Report of the Indian Hemp Drugs Commission, 1894-1895 - Volume VII
Year: 1894
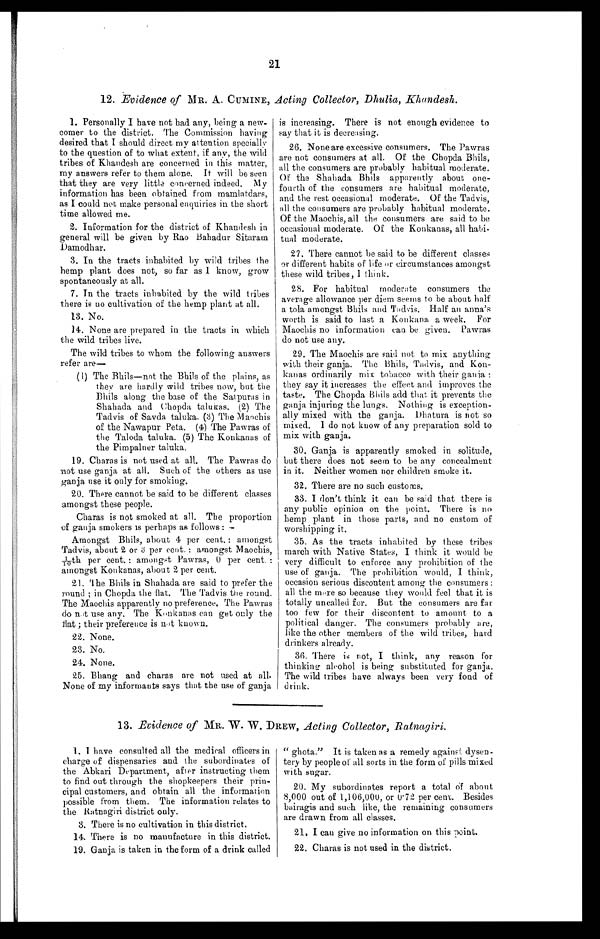
21
12. Evidence of MR. A. CUMINE, Acting Collector, Dhulia, Khandesh.
1. Personally I have not had any, being a new
- c o m e r t o t h e d i s t r i c t . T h e C o m m i s s i o n h a v i n g
desired that I should direct my attention specially
to the question of to what extent, if any, the wild
tribes of Khandesh are concerned in this matter,
my answers refer to them alone. It will be seen
that they are very little concerned indeed. My
information has been obtained from mamlatdars,
as I could not make personal enquiries in the short
time allowed me.
2. Information for the district of Khandesh in
general will be given by Rao Bahadur Sitaram
Damodhar.
3. In the tracts inhabited by wild tribes the
hemp plant does not, so far as I know, grow
spontaneously at all.
7. In the tracts inhabited by the wild tribes
there is no cultivation of the hemp plant at all.
13. No.
14. None are prepared in the tracts in which
the wild tribes live.
The wild tribes to whom the following answers
refer are
—
(1) The Bhils—not the Bhils of the plains, as
they are hardly wild tribes now, but the
Bhils along the base of the Satpuras in
Shahada and Chopda talukas. (2) The
Tadvis of Savda taluka. (3) The Maochis
of the Nawapur Peta. (4) The Pawras of
the Taloda taluka. (5) The Konkanas of
the Pimpalner taluka.
19. Charas is not used at all. The Pawras do
not use ganja at all. Such of the others as use
ganja use it only for smoking.
20. There cannot be said to be different classes
amongst these people.
Charas is not smoked at all. The proportion
o f ganja smokers is perhaps as follows:
—
Amongst Bhils, about 4 per cent.: amongst
Tadvis, about 2 or 3 per cent.: amongst Maochis,
1/10th per cent.: amongst Pawras, 0 per cent.:
amongst Konkanas, about 2 per cent.
21. The Bhils in Shahada are said to prefer the
round; in Chopda the flat. The Tadvis the round.
The Maochis apparently no preference. The Pawras
do not use any. The Konkanas can get onl y t he
flat; their preference is not known.
22. None.
23. No.
24. None.
25. Bhang and charas are not used at all.
None of my informants says that the use of ganja
is increasing. There is not enough evidence to
say that it is decreasing.
26. None are excessive consumers. The Pawras
are not consumers at all. Of the Chopda Bhils,
all the consumers are probably habitual moderate.
Of the Shahada Bhils apparently about one
- f o u r t h o f t h e c o n s u m e r s a r e h a b i t u a l m o d e r a t e ,
and the rest occasional moderate. Of the Tadvis,
all the consumers are probably habitual moderate.
Of the Maochis, all the consumers are said to be
occasional moderate. Of the Konkanas, all habi
- t u a l m o d e r a t e .
27. There cannot be said to be different classes
or different habits of life or circumstances amongst
these wild tribes, I think.
28. For habitual moderate consumers the
average allowance per diem seems to be about half
a tola amongst Bhils and Tadvis. Half an anna's
worth is said to last a Konkana a week. For
Maochis no information can be given. Pawras
do not use any.
29. The Maochis are said not to mix anything
with their ganja. The Bhils, Tadvis, and Kon
- k a n a s o r d i n a r i l y m i x t o b a c c o w i t h t h e i r g a n j a :
they say it increases the effect and improves the
taste. The Chopda Bhils add that, it prevents the
ganja injuring the lungs. Nothing is exception
-ally mixed with the ganja. Dhatura is not so
m i x e d . I d o n o t k n o w o f a n y p r e p a r a t i o n s o l d t o
mix with ganja.
30. Ganja is apparently smoked in solitude,
but there does not seem to be any concealment
in it. Neither women nor children smoke it.
3 2 . T h e r e a r e n o s u c h c u s t o m s .
33. I don't think it can be said that there is
any public opinion on the point. There is no
hemp plant in those parts, and no custom of
worshipping it.
35. As the tracts inhabited by these tribes
march with Native States, I think it would be
very difficult to enforce any prohibition of the
use of ganja. The prohibition would, I think,
occasion serious discontent among the consumers:
all the more so because they would feel that it is
totally uncalled for. But the consumers are far
too few for their discontent to amount to a
political danger. The consumers probably are,
like the other members of the wild tribes, hard
drinkers already.
36. There is not, I think, any reason for
thinking alcohol is being substituted for ganja.
The wild tribes have always been very fond of
drink.
13. Evidence of MR. W. W. DREW, Acting Collector, Ratnagiri.
1. I have consulted all the medical officers in
charge of dispensaries and the subordinates of
the Abkari Department, after instructing them
to find out through the shopkeepers their prin
- c i p a l c u s t o m e r s , a n d o b t a i n a l l t h e i n f o r m a t i o n
possible from them. The information relates to
the Ratnagiri district only.
3. There is no cultivation in this district.
14. There is no manufacture in this district.
19. Ganja is taken in the form of a drink called
"ghota." It is taken as a remedy against dysen
- t e r y b y p e o p l e o f a l l s o r t s i n t h e f o r m o f p i l l s m i x e d
with sugar.
20. My subordinates report a total of about
8,000 out of 1,106,000, or 0.72 per cent. Besides
bairagis and such like, the remaining consumers
are drawn from all classes.
21. I can give no information on this point.
22. Charas is not used in the district.